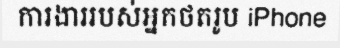
ការងាររបស់អ្នកថតរូប iPhone